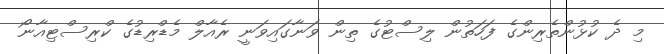
މި ދެ ކުޅުންތެރިންގެ ފަހަތުން ލިސްޓުގެ ތިން ވަނާގައިވަނީ ރެއާލް މެޑްރިޑުގެ ކްރިސްޓިއާނޯ